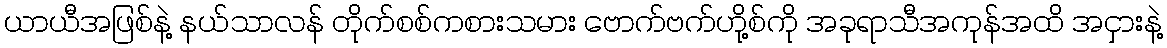
ယာယီအဖြစ်နဲ့ နယ်သာလန် တိုက်စစ်ကစားသမား ဗောက်ဗက်ဟို့စ်ကို အခုရာသီအကုန်အထိ အငှားနဲ့